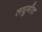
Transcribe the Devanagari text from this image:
लघुगीत